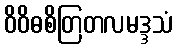
ဝိဝိဓစိတြတလမဒ္ဒသံ